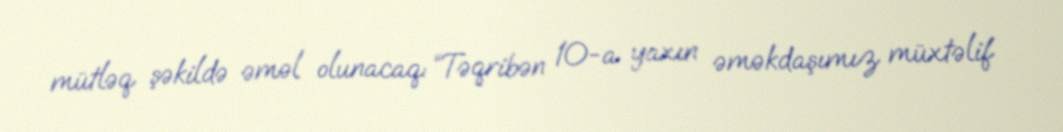
mütləq şəkildə əməl olunacaq: “Təqribən 10-a yaxın əməkdaşımız müxtəlif